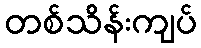
တစ်သိန်းကျပ်